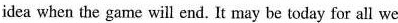
idea when the game will end. It may be today for all we